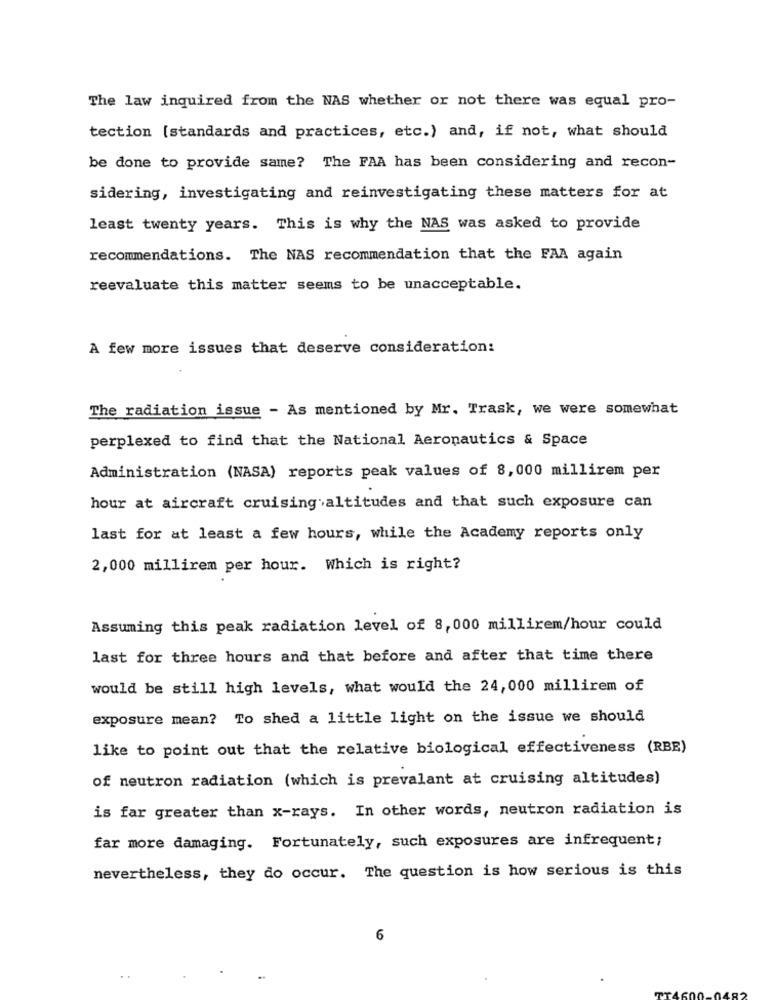
The law inquired from the NAS whether or not there was equal pro-
tection [standards and practices, etc.) and, if not, what should
be done to provide same? The FAA has been considering and recon-
sidering, investigating and reinvestigating these matters for at
least twenty years. This is why the NAS was asked to provide
recommendations. The NAS recommendation that the FAA again
reevaluate this matter seems to be unacceptable.
A few more issues that deserve consideration:
The radiation issue - As mentioned by Mr. Trask, we were somewhat
perplexed to find that the National Aeronautics & Space
Administration (NASA) reports peak values of 8,000 millirem per
hour at aircraft cruising altitudes and that such exposure can
last for at least a few hours, while the Academy reports only
2,000 millirem per hour. Which is right?
Assuming this peak radiation level of 8, 000 millirem/hour could
last for three hours and that before and after that time there
would be still high levels, what would the 24, 000 millirem of
exposure mean? To shed a little light on the issue we should
like to point out that the relative biological effectiveness (RBE)
of neutron radiation (which is prevalant at cruising altitudes)
is far greater than x-rays. In other words, neutron radiation is
far more damaging. Fortunately, such exposures are infrequent;
nevertheless, they do occur. The question is how serious is this
6